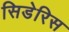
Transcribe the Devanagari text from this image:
सिडेरिस